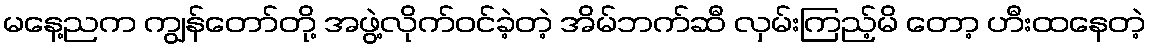
မနေ့ညက ကျွန်တော်တို့ အဖွဲ့လိုက်ဝင်ခဲ့တဲ့ အိမ်ဘက်ဆီ လှမ်းကြည့်မိ တော့ ဟီးထနေတဲ့